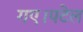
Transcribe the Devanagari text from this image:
गए।पटेल